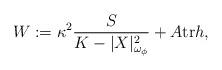
LaTeX: \begin{align*}W:=\kappa^2 \frac{S}{K-|X|_{\omega_{\phi}}^2}+A {\rm tr}h,\end{align*}